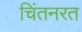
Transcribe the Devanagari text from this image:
चिंतनरत